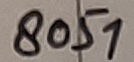
Text: 8051